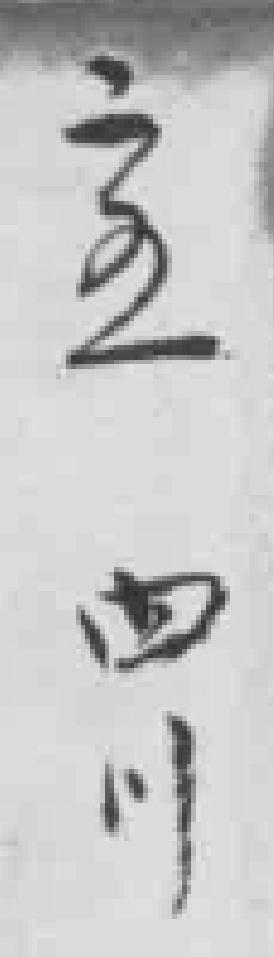
二五四川